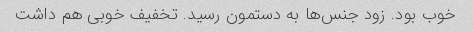
خوب بود. زود جنس‌ها به دستمون رسید. تخفیف خوبی هم داشت